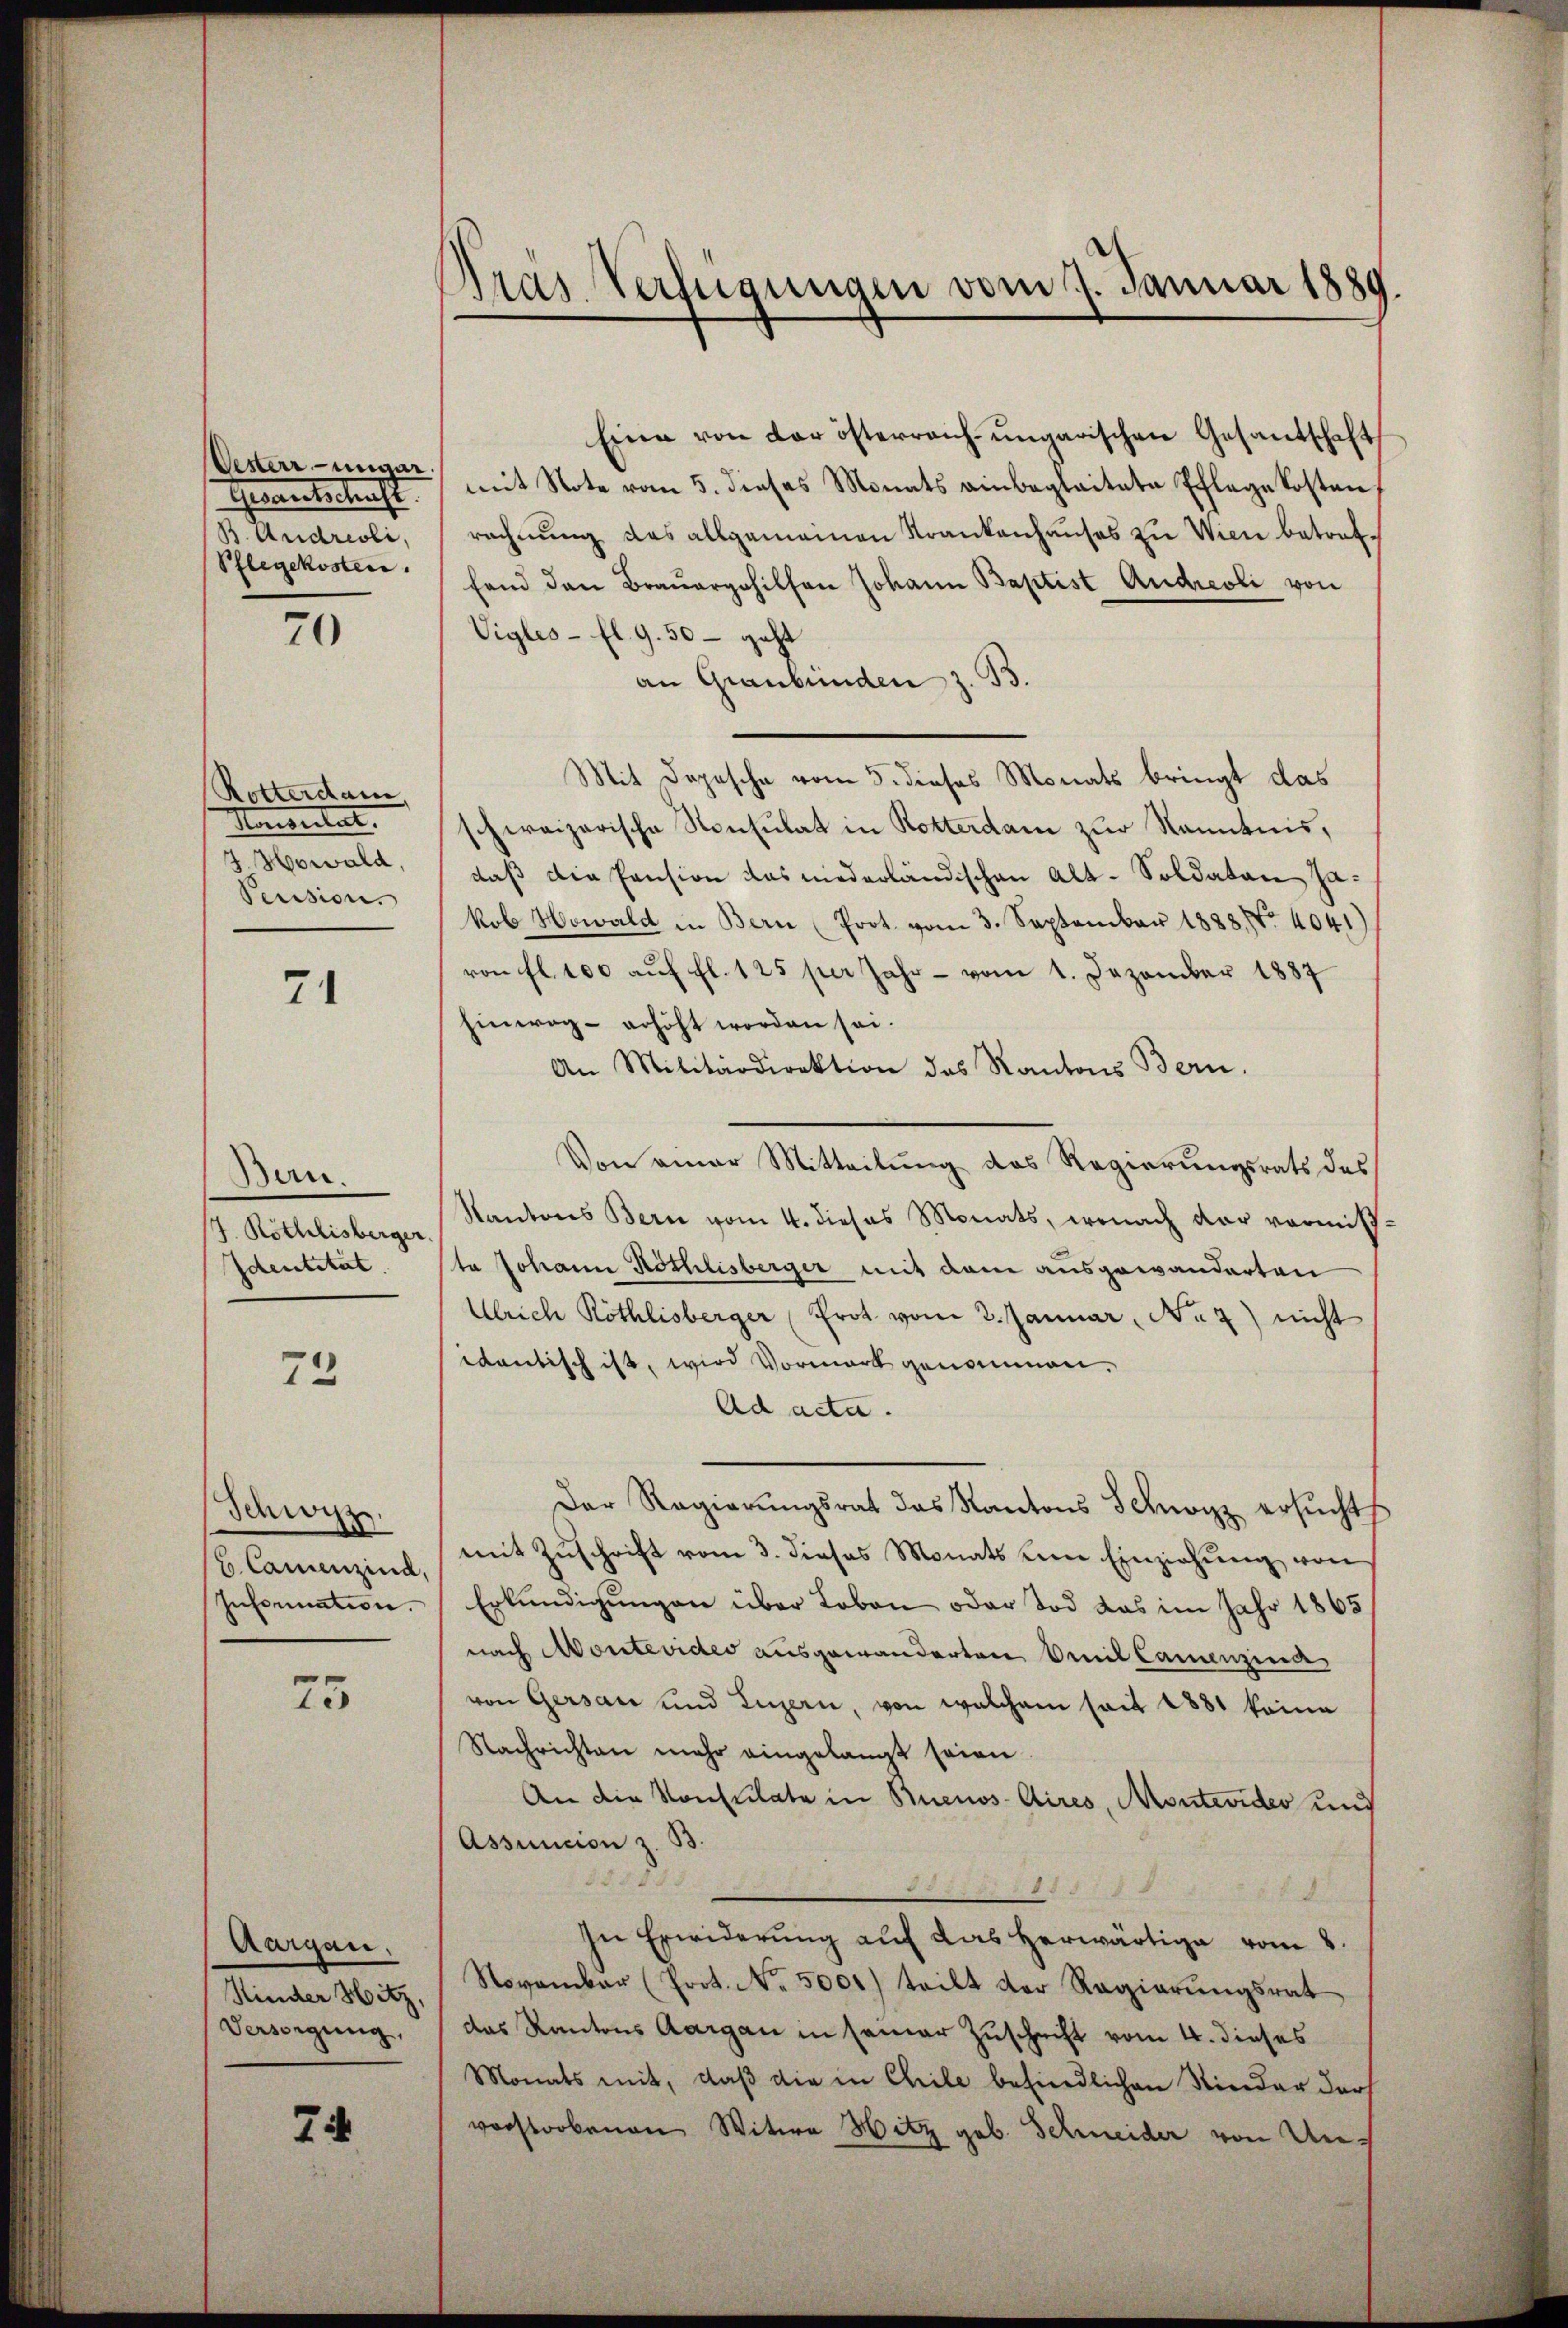
Oesterringar.
Gerweiterkraft.
B. Andreoli,
Pflegekosten.

70

Rotterdam
Marseitet.
J. Howald,
Peussion.

71

Bern.
7. Röthlisberger
Identität.

72

Schwyz.
6. Camenzind,
Information.

25

aargen,
Kinder Hitz,
Versorgung,

74

¬
das Verfügungen vom 7. Januar 1889.

Eine von der österreich-ungarischen Gesandschaft
mit Note vom 5. dieses Monats einbegleitete Pflegekosten,
rechnŭng des allgemeinen Krankenhauses zu Wien betreffand den Braŭergehilfen Johann Baptist Andreoli von
Vigles - fl. 9. 50 – geht
an Graubünden z. B.
Mit Depesche vom 5. dieses Monats bringt das
schweizerische Konsulat in Rotterdam zur Kenntnis,
daß die Pension das niederländischen Alt-Soldaten Jakob Howald in Bern (Prot. vom 3. September 1888. No 4041
von fl. 100 auf fl. 125 per Jahr - vom 1. Dezember 1887
hinweg erhöht worden sei.
An Militärdirektion des Kantons Bern.
Von einer Mitteilung des Regierungsrats des
Kantons Bern vom 4. dieses Monats, wonach der vormitsta Johann Röthlisberger mit dem ausgewanderten
Ulrich Röthlisberger (Prot vom 2. Januar, No 7) nicht
evantisch ist, wird Vormark genommen.
Ad acta.
Der Regierŭngsrat das Kantons Schnorz ersŭchts
mit Zuschrift vom 3. dieses Monats dem Einziehung von
Erkundigungen über Loben oder Tod das im Jahr 1865
nach Montevideo ausgewanderten Emil Camenzind
von Gersau und Luzern, von welchem seit 1881 keine
Nachrichten mehr eingelangt seien.
An die Konsulate in Buenos-Aires, Montevider und
Assuncion s. B.
d
1155
In Erwiderung auf das herwärtige vom 8.
November (Prot. No. 5000) teilt der Regierŭngsrat
das Kantons Aargau in seiner Zuschrift vom 4. dieses
Monats mit, daß die in Chile befindlichen Kinder darf
vorstorbenen Witwe Hitz geb. Scheider von Un¬